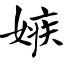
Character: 嫉